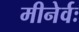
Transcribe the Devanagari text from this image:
मीनेर्वः